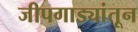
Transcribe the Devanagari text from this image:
जीपगाड्यांतून